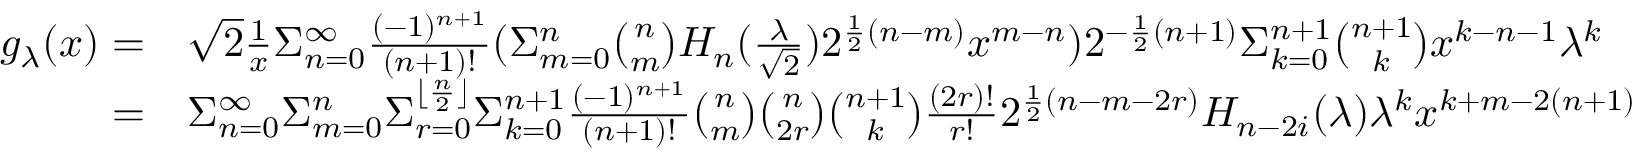
\begin{array} { r l } { g _ { \lambda } ( x ) = } & { \sqrt { 2 } \frac { 1 } { x } \Sigma _ { n = 0 } ^ { \infty } \frac { ( - 1 ) ^ { n + 1 } } { ( n + 1 ) ! } ( \Sigma _ { m = 0 } ^ { n } { \binom { n } { m } } H _ { n } ( \frac { \lambda } { \sqrt { 2 } } ) 2 ^ { \frac { 1 } { 2 } ( n - m ) } x ^ { m - n } ) 2 ^ { - \frac { 1 } { 2 } ( n + 1 ) } \Sigma _ { k = 0 } ^ { n + 1 } \binom { n + 1 } { k } x ^ { k - n - 1 } \lambda ^ { k } } \\ { = } & { \Sigma _ { n = 0 } ^ { \infty } \Sigma _ { m = 0 } ^ { n } \Sigma _ { r = 0 } ^ { \lfloor \frac { n } { 2 } \rfloor } \Sigma _ { k = 0 } ^ { n + 1 } \frac { ( - 1 ) ^ { n + 1 } } { ( n + 1 ) ! } \binom { n } { m } \binom { n } { 2 r } \binom { n + 1 } { k } \frac { ( 2 r ) ! } { r ! } 2 ^ { \frac { 1 } { 2 } ( n - m - 2 r ) } H _ { n - 2 i } ( \lambda ) \lambda ^ { k } x ^ { k + m - 2 ( n + 1 ) } } \end{array}